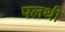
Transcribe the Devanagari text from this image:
पलथी